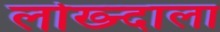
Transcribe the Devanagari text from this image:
लोख्न्दाला